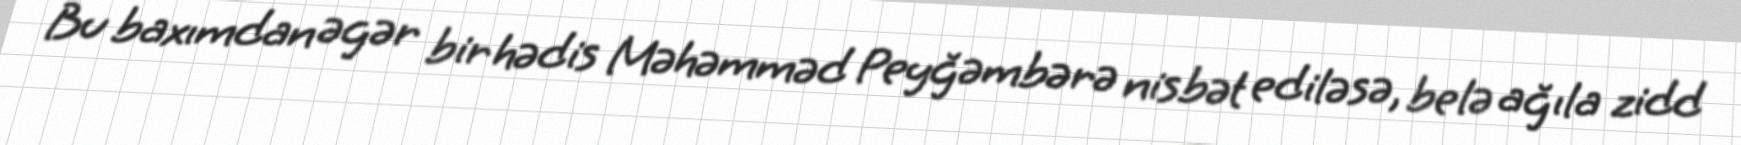
Bu baxımdan əgər bir hədis Məhəmməd Peyğəmbərə nisbət ediləsə, belə ağıla zidd